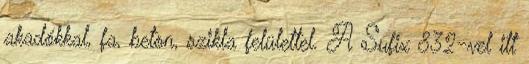
akadókkal, fa, beton, szikla felülettel. A Sufix 832-vel itt